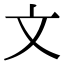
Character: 文